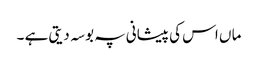
ما ں اس کی پیشانی پہ بوسہ دیتی ہے ۔